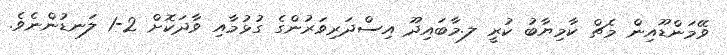
ވޭމަންޑޫއިން މެޗް ކާމިޔާބު ކުރީ ލ.މާބައިދޫ އިސްދަރިވަރުންގެ ގުޅުމާއި ވާދަކޮށް 2-1 ލަނޑުންނެވެ.